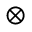
\otimes